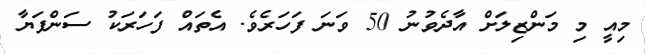
މިއީ މި މަންޒިލަށް އާދެވުނު 50 ވަނަ ފަހަރެވެ. އެތައް ފަހަރަކު ސަންފަޔާ